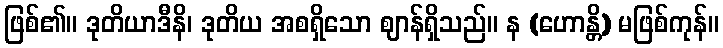
ဖြစ်၏။ ဒုတိယာဒီနိ၊ ဒုတိယ အစရှိသော ဈာန်ရှိသည်။ န (ဟောန္တိ) မဖြစ်ကုန်။